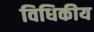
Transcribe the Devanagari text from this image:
विधिकीय